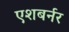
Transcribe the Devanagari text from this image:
एशबर्नर